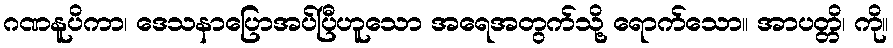
ဂဏနူပိကာ၊ ဒေသနာပြောအပ်ပြီဟူသော အရေအတွက်သို့ ရောက်သော။ အာပတ္တိ၊ ကို။